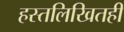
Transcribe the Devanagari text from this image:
हस्तलिखितही